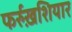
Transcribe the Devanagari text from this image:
फर्रुख़शियार